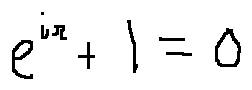
e ^ { i \pi } + 1 = 0